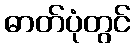
ဓာတ်ပုံတွင်